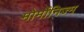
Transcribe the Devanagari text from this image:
मोर्मोनिज्म